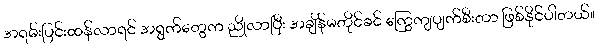
အရမ်းပြင်းထန်လာရင် အရွက်တွေက ညိုလာပြီး အချိန်မတိုင်ခင် ကြွေကျပျက်စီးတာ ဖြစ်နိုင်ပါတယ်။